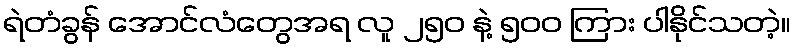
ရဲတံခွန် အောင်လံတွေအရ လူ ၂၅၀ နဲ့ ၅၀၀ ကြား ပါနိုင်သတဲ့။